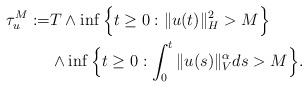
LaTeX: \begin{align*}\tau_{u}^M := & T\wedge \inf\Big\{t\geq 0: \Vert u(t)\Vert_H^2 > M \Big\} \\ & \wedge \inf\Big\{t\geq 0: \int_0^t\Vert u(s)\Vert_{V}^{\alpha}ds > M\Big\} .\end{align*}